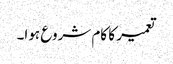
تعمیر کا کام شروع ہوا۔